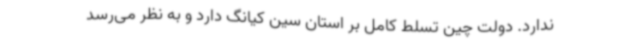
ندارد. دولت چین تسلط کامل بر استان سین کیانگ دارد و به نظر می‌رسد